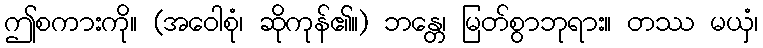
ဤစကားကို။ (အဝေါစုံ၊ ဆိုကုန်၏။) ဘန္တေ၊ မြတ်စွာဘုရား။ တဿ မယှံ၊